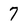
Character: 7